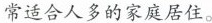
常适合人多的家庭居住。